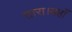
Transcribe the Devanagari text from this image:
तारा।यहाँ